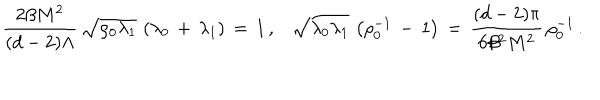
LaTeX: \frac { 2 \beta M ^ { 2 } } { ( d - 2 ) \Lambda } \, \sqrt { \rho _ { 0 } \lambda _ { 1 } } \, \left( \lambda _ { 0 } \, + \, \lambda _ { 1 } \right) \, = \, 1 \, { , } \quad \sqrt { \lambda _ { 0 } \lambda _ { 1 } } \, \left( \rho _ { 0 } ^ { - 1 } \, - \, 1 \right) \, = \, \frac { ( d - 2 ) \pi } { 6 \beta ^ { 2 } M ^ { 2 } } \, \rho _ { 0 } ^ { - 1 } \, { . }